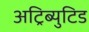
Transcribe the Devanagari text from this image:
अट्रिब्युटिड